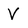
Character: V